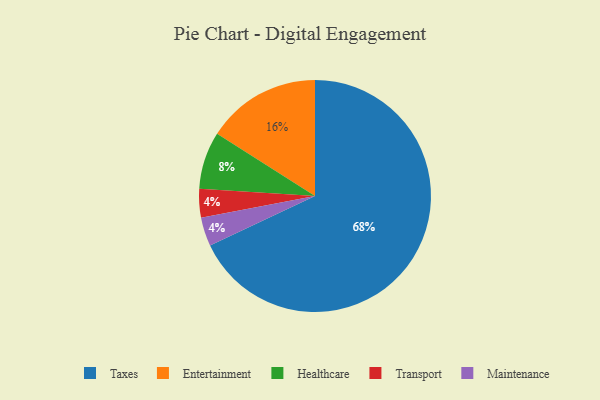
{"axis": {"x": "Category", "y": "Percentage"}, "legend": ["Entertainment", "Healthcare", "Maintenance", "Taxes", "Transport"], "data": [{"x": "Transport", "y": 4, "type": "Transport"}, {"x": "Taxes", "y": 68, "type": "Taxes"}, {"x": "Maintenance", "y": 4, "type": "Maintenance"}, {"x": "Healthcare", "y": 8, "type": "Healthcare"}, {"x": "Entertainment", "y": 16, "type": "Entertainment"}]}